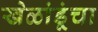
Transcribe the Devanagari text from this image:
खेळांडूंचा